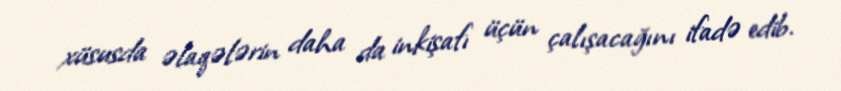
xüsusda əlaqələrin daha da inkişafı üçün çalışacağını ifadə edib.